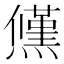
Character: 𭶠